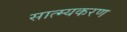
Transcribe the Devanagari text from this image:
सात्म्यकरण